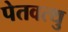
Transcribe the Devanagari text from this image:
पेतवत्थु